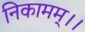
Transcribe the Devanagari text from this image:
निकामम्।।